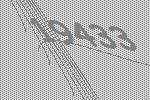
19433